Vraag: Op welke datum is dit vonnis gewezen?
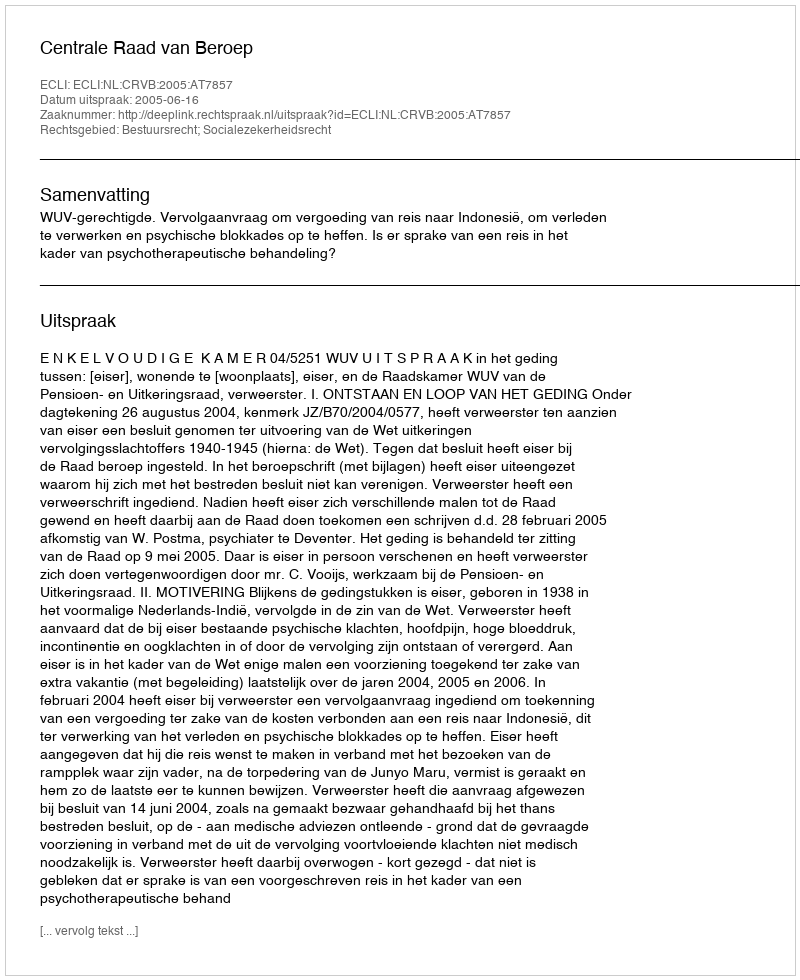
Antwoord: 2005-06-16